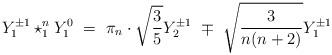
LaTeX: \begin{align*}Y_{1}^{\pm1}\star_{1}^{n}Y_{1}^{0}\ =\ \pi_{n}\cdot\sqrt{\frac{3}{5}}Y_{2}^{\pm1}\ \mp\ \sqrt{\frac{3}{n(n+2)}}Y_{1}^{\pm1}\end{align*}